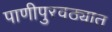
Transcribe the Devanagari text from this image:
पाणीपुरवठ्यात